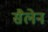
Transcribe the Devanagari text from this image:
सैलेन